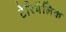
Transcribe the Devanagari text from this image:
टेरिथैलिक